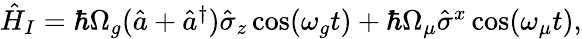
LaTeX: \begin{array}{r}{\hat{H}_{I}=\hbar\Omega_{g}(\hat{a}+\hat{a}^{\dagger})\hat{\sigma}_{z}\cos(\omega_{g}t)+\hbar\Omega_{\mu}\hat{\sigma}^{x}\cos(\omega_{\mu}t),}\end{array}